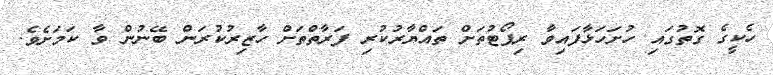
ހެކީގެ ގޮތުގައި ހުށަހަޅާފައިވާ ރިޕޯޓުތަށް ތައްޔާރުކުރި ފަރާތްތަށް ހާޒިރުކުރަން ބޭނުން ވާ ކަމަށެވެ.